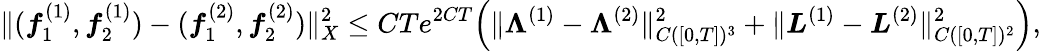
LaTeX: \| (\boldsymbol{f}_{1}^{(1)},\boldsymbol{f}_{2}^{(1)})-(\boldsymbol{f}_{1}^{(2)},\boldsymbol{f}_{2}^{(2)})\| _{X}^{2}\le CTe^{2CT}\Big(\| \boldsymbol{\Lambda}^{(1)}-\boldsymbol{\Lambda}^{(2)}\| _{C([0,T])^{3}}^{2}+\| \boldsymbol{L}^{(1)}-\boldsymbol{L}^{(2)}\| _{C([0,T])^{2}}^{2}\Big),